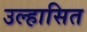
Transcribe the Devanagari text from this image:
उल्हासित